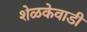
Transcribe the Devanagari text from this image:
शेळकेवाडी